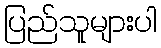
ပြည်သူများပါ